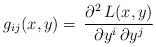
LaTeX: \begin{align*}g_{ij}(x,y)=\,\frac{\partial^2\,L(x,y)}{\partial y^i\,\partial y^j}\end{align*}